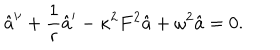
LaTeX: \hat { a } ^ { \prime \prime } + \frac { 1 } { r } \hat { a } ^ { \prime } - \kappa ^ { 2 } F ^ { 2 } \hat { a } + \omega ^ { 2 } \hat { a } = 0 .